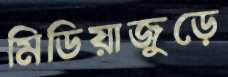
মিডিয়াজুড়ে